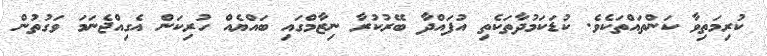
ކުރިމަތިވާ ކަންތައްތަކެވެ. ކުޑަކަމުދާތަކެތި އުފައްދާ ބޭރުކުރާ ނިޒާމްގައި ބައްޔެއް ހުރިކަން އެގިއްޖެނަމަ ވަގުތުން